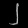
Digit: ၂